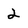
Character: 2